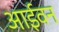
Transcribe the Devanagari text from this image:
आईवन